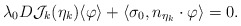
\begin{align*}\lambda_0 D\mathcal{J}_k(\eta_k)\langle\varphi\rangle + \langle \sigma_0, n_{\eta_k}\cdot \varphi\rangle = 0.\end{align*}